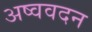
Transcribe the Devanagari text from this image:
अष्ववदन